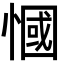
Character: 慖